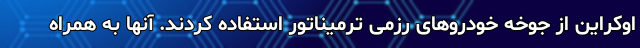
اوکراین از جوخه خودروهای رزمی ترمیناتور استفاده کردند. آنها به همراه